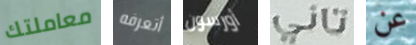
معاملتك أتعرفه أورسون تاني عن